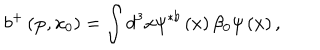
LaTeX: b ^ { + } \left( { \bf p } , x _ { 0 } \right) = \int d ^ { 3 } x \psi ^ { \ast b } \left( x \right) \beta _ { 0 } \psi \left( x \right) ,